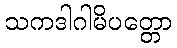
သကဒါဂါမိပတ္တော